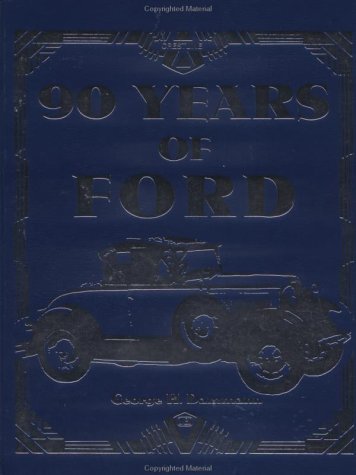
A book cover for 90 Years of Ford (Crestline Series); George H. Dammann; Engineering & Transportation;